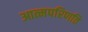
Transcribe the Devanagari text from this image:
आत्मपरिणति